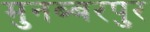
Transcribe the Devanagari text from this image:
मुनब्बरपुर